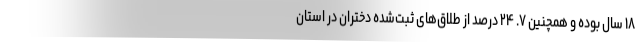
۱۸ سال بوده و همچنین ۷. ۲۴ درصد از طلاق‌های ثبت‌شده دختران در استان